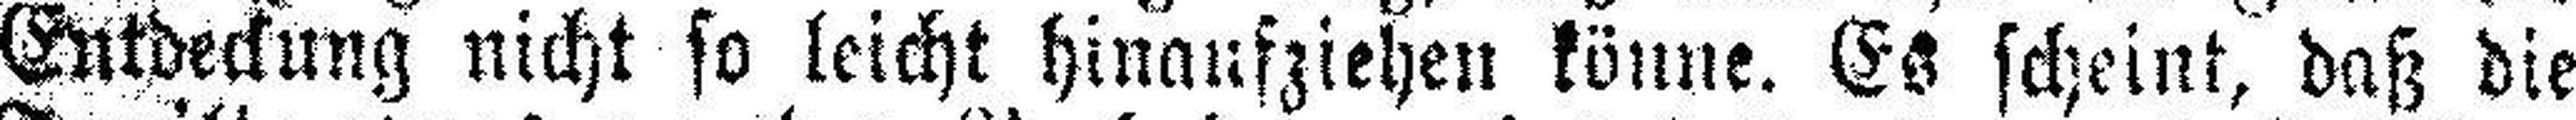
Entdeckung nicht so leicht hinaufziehen könne. Es scheint, daß die